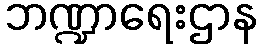
ဘဏ္ဍာရေးဌာန